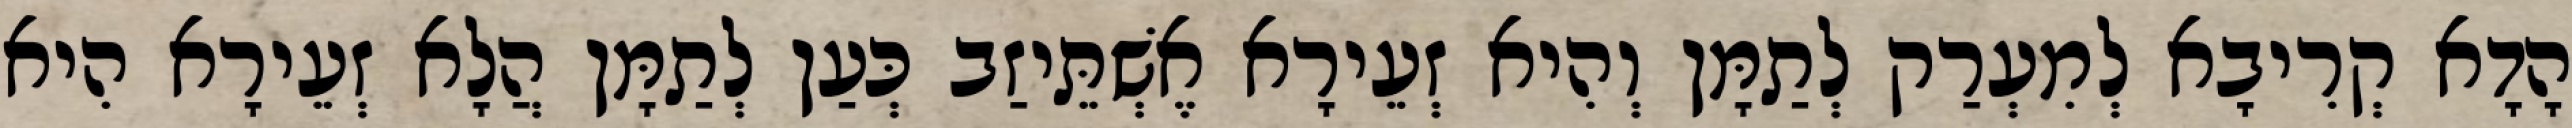
הָדָא קְרִיבָא לְמִעְרַק לְתַמָּן וְהִיא זְעֵירָא אֶשְׁתֵּיזַב כְּעַן לְתַמָּן הֲלָא זְעֵירָא הִיא